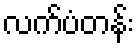
လက်ပံတန်း